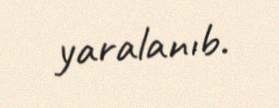
yaralanıb.